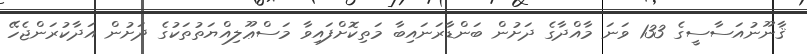
ޤާނޫނުއަސާސީގެ 133 ވަނަ މާއްދާގެ ދަށުން ބަންޑާރަނައިބާ މަތިކޮށްފައިވާ މަސްޢޫލިއްޔަތުތަކުގެ ދަށުން އަދާކުރަންޖެހޭ